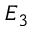
E _ { 3 }